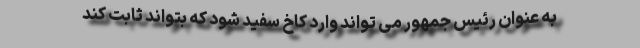
به عنوان رئیس جمهور می تواند وارد کاخ سفید شود که بتواند ثابت کند